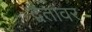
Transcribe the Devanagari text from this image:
द्वैतावर